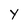
Character: y